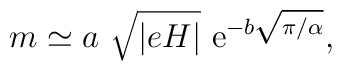
m \simeq a~\sqrt{|eH|}~{\rm e}^{- b\sqrt{\pi/\alpha}},